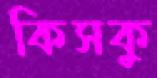
কিসকু